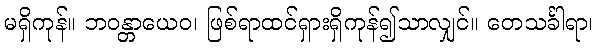
မရှိကုန်။ ဘဝန္တာယေဝ၊ ဖြစ်ရာထင်ရှားရှိကုန်၍သာလျှင်။ တေသင်္ခါရာ၊